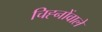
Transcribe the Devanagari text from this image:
चिह्नोंवाले